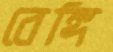
বেঙ্গি